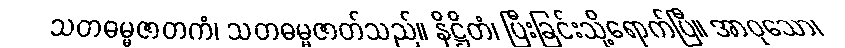
သတဓမ္မဇာတကံ၊ သတဓမ္မဇာတ်သည်။ နိဋ္ဌိတံ၊ ပြီးခြင်းသို့ရောက်ပြီ။ အာဝုသော၊